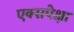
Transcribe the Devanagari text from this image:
एक्सपेक्षा